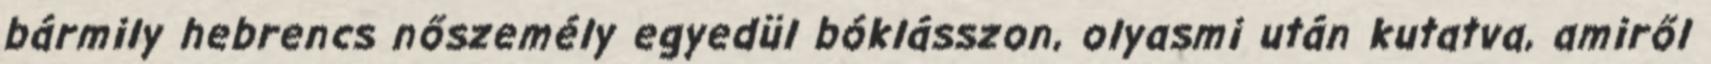
bármily hebrencs nőszemély egyedül bóklásszon, olyasmi után kutatva, amiről